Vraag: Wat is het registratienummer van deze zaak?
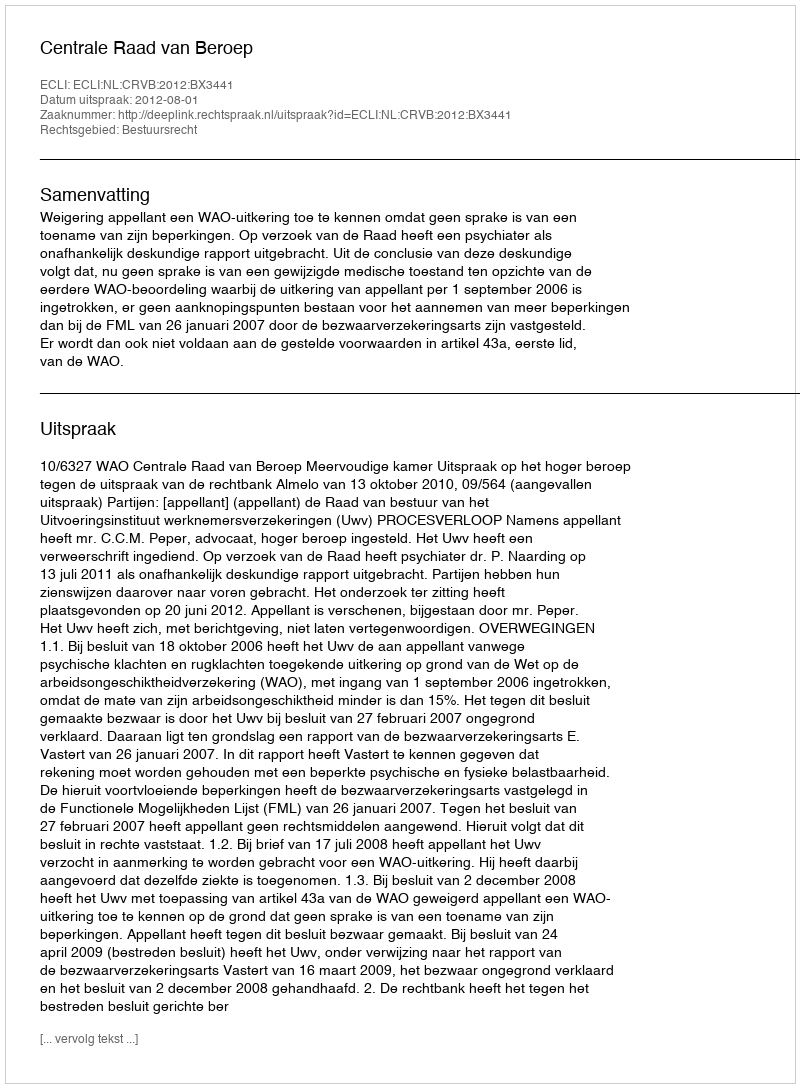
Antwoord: http://deeplink.rechtspraak.nl/uitspraak?id=ECLI:NL:CRVB:2012:BX3441